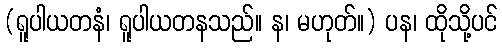
(ရူပါယတနံ၊ ရူပါယတနသည်။ န၊ မဟုတ်။) ပန၊ ထိုသို့ပင်